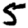
Digit: 5